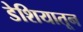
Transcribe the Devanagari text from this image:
डेशियातून